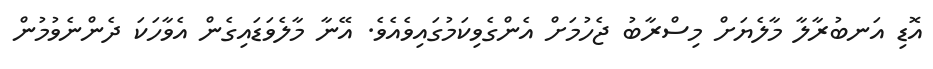
އޮޑި އަނބުރާލާ މާލެޔަށް މިސްރާބު ޖެހުމަށް އެންގެވިކަމުގައިވެއެވެ. އޭނާ މާލެވަޑައިގެން އެވާހަކަ ދެންނެވުމުން